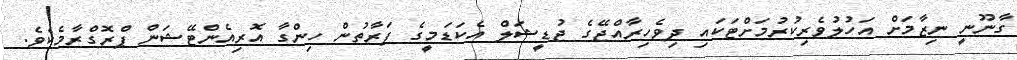
ގާނޫނީ ނިޒާމަށް އަހުލުވެރިކުރުމަށްޓަކައި ދިވެހިރާއްޖޭގެ ޖުޑީޝަލް އެކަޑަމީގެ ފަރާތުން ހިންގާ އޮރިއެންޓޭޝަން ޕްރޮގްރާމެކެވެ.